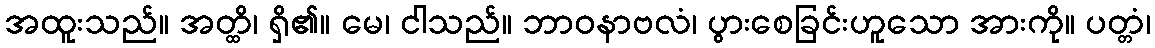
အထူးသည်။ အတ္ထိ၊ ရှိ၏။ မေ၊ ငါသည်။ ဘာဝနာဗလံ၊ ပွားစေခြင်းဟူသော အားကို။ ပတ္တံ၊